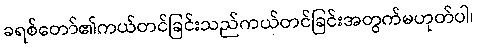
ခရစ်တော်၏ကယ်တင်ခြင်းသည်ကယ်တင်ခြင်းအတွက်မဟုတ်ပါ၊